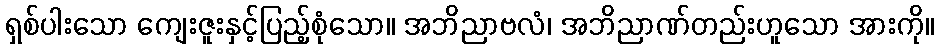
ရှစ်ပါးသော ကျေးဇူးနှင့်ပြည့်စုံသော။ အဘိညာဗလံ၊ အဘိညာဏ်တည်းဟူသော အားကို။